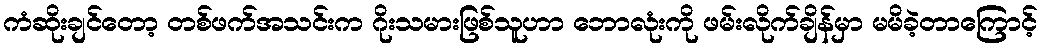
ကံဆိုးချင်တော့ တစ်ဖက်အသင်းက ဂိုးသမားဖြစ်သူဟာ ဘောလုံးကို ဖမ်းလိုက်ချိန်မှာ မမိခဲ့တာကြောင့်